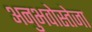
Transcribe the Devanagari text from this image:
अनुभवोस्तेजा